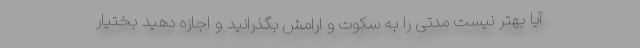
آیا بهتر نیست مدتی را به سکوت و ارامش بگذرانید و اجازه دهید بختیار